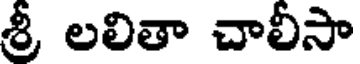
శ్రీ లలితా చాలీసా